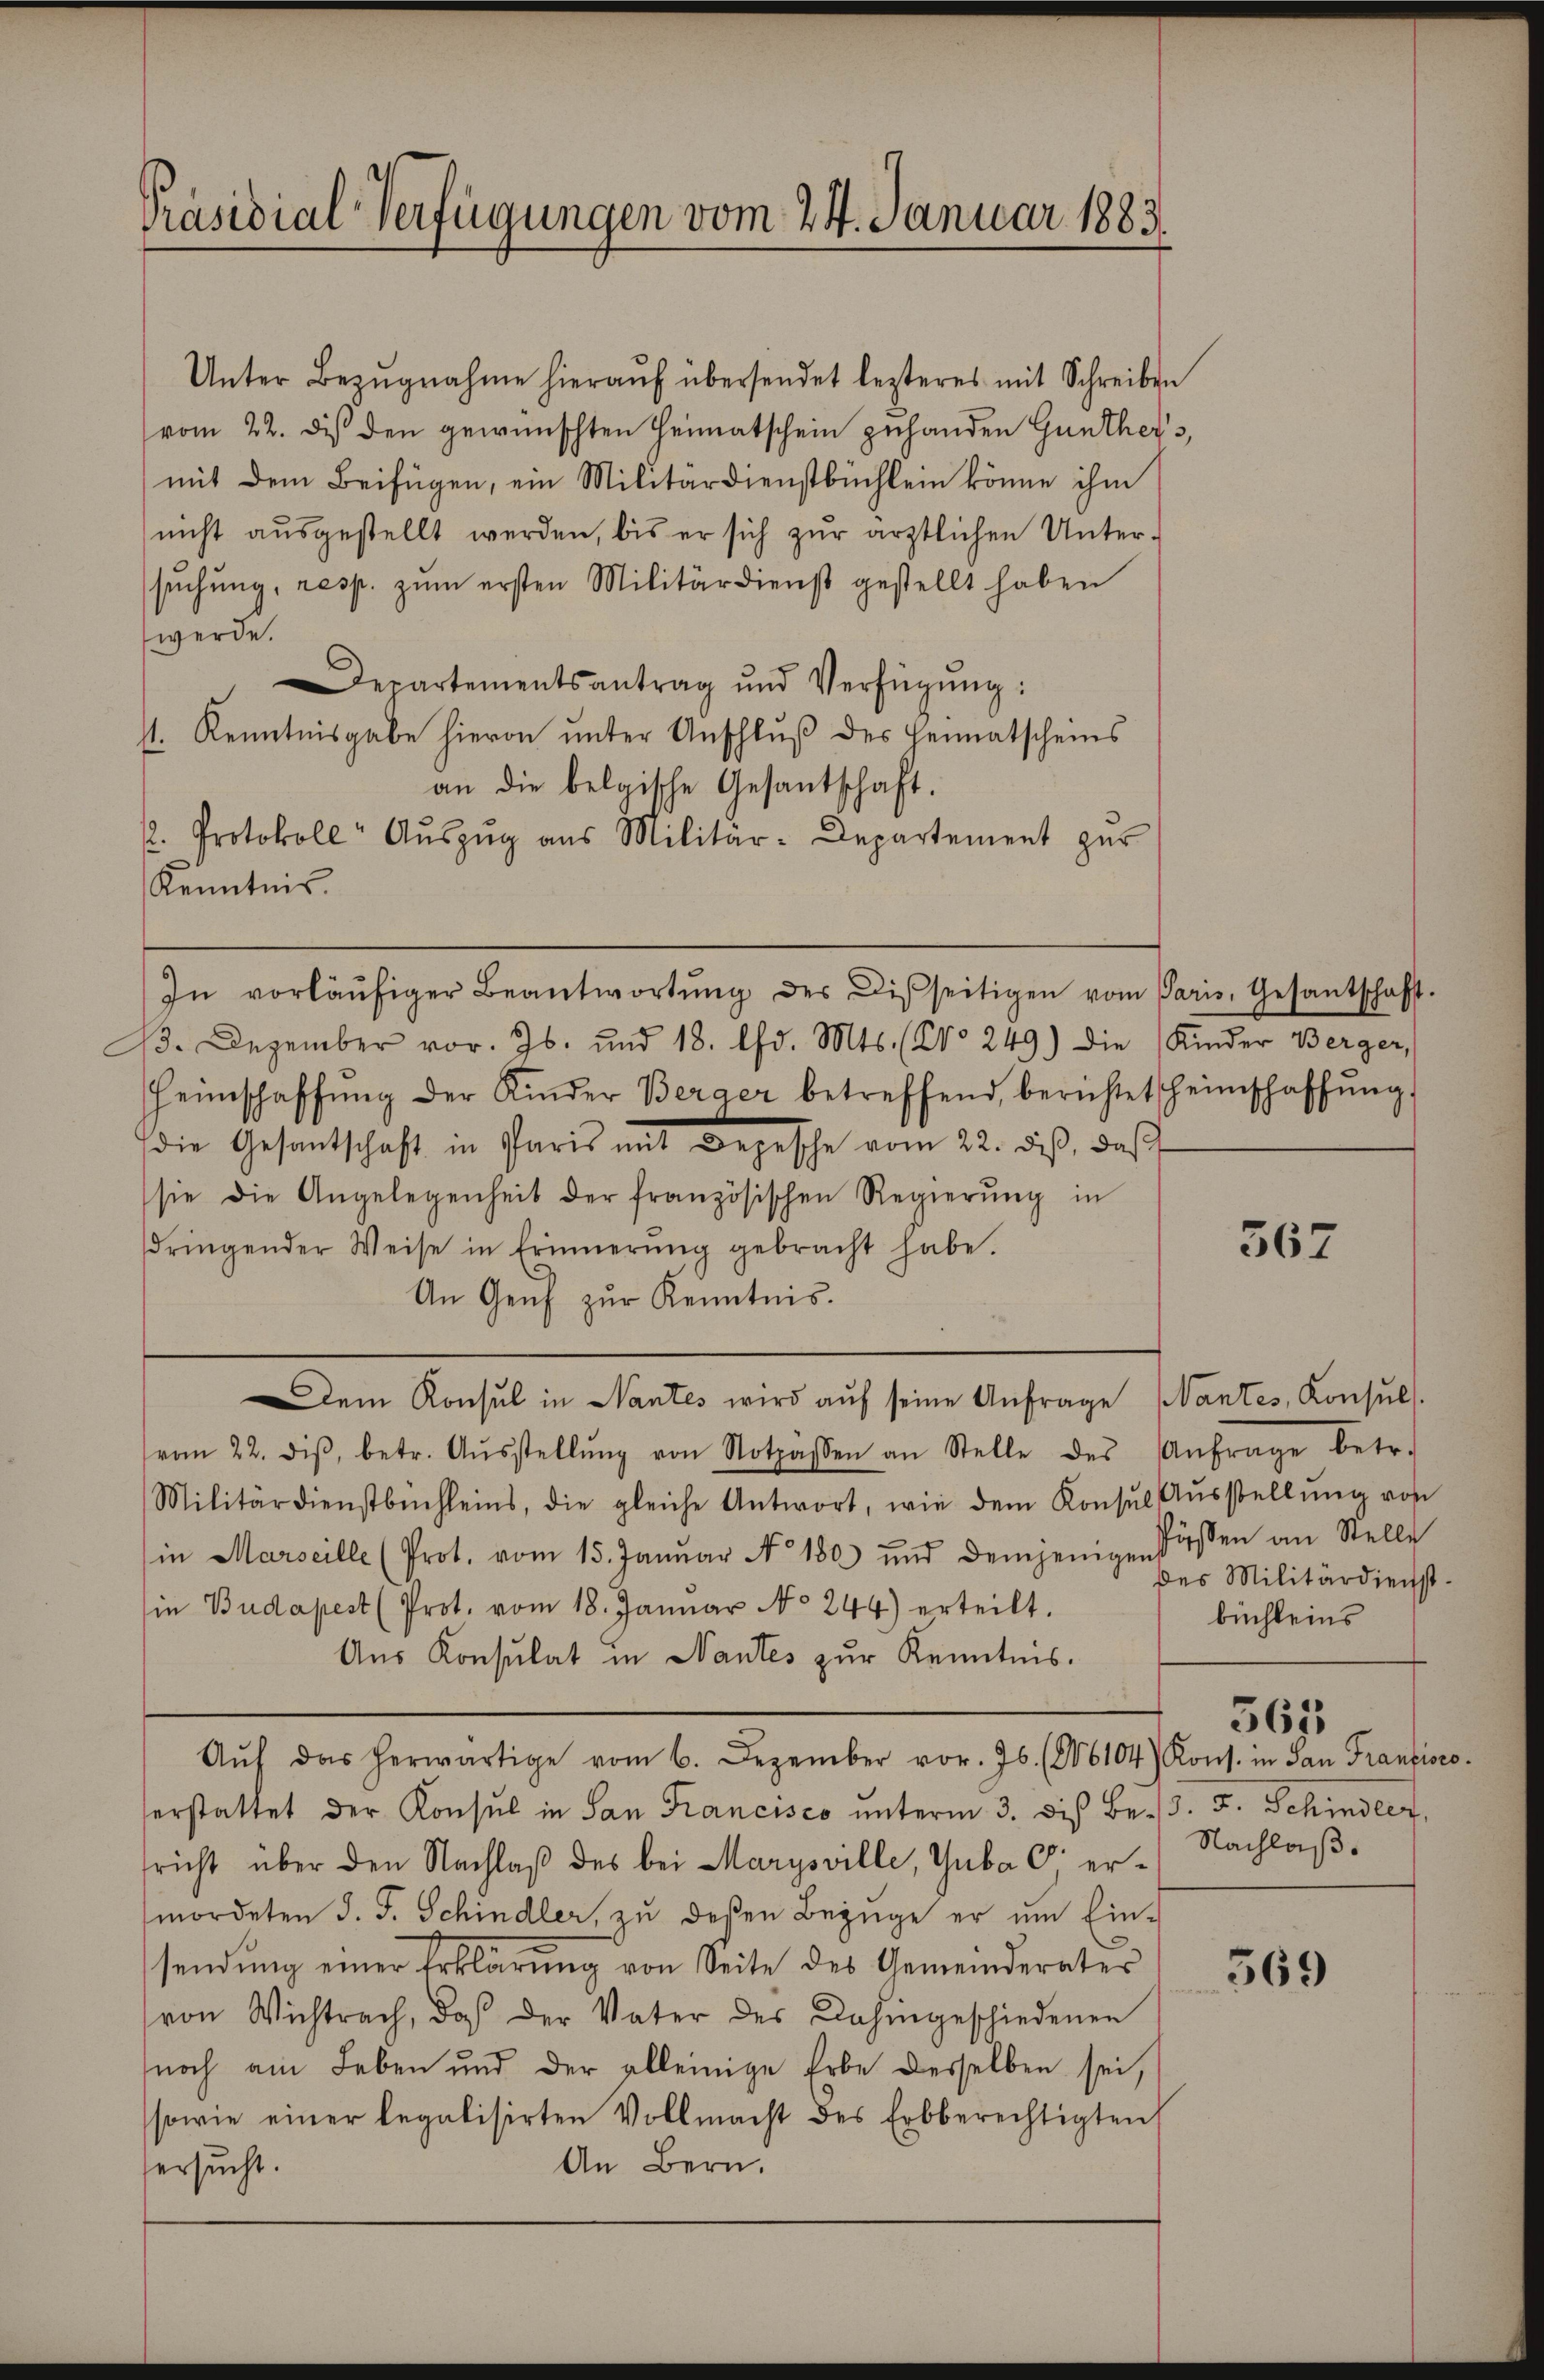
Unter Bezŭgnahme hieraŭf übersendet lezteres mit Schreiben
(vom 22. di den gewünschten Heimatschein zuhanden Günthers,
mit dem Beifügen, ein Militärdienstbüchlein könne ihm
nicht aŭsgestellt werden, bis er sich zŭr ärztlichen Unter-
sŭchŭng, resp. zŭm ersten Militärdienst gestellt haben
werde.
Departementsantrag und Verfügŭng:
st. Kenntnisgabe hievon unter Anschluß des Heimatscheins
an die belgische Gesantschaft.
2. Protokoll- Aŭszŭg aŭs Militär-Departement zŭr
Kenntnis.
In vorläŭfiger Beantwortŭng des Disseitigen vom Paris, Gesantschaft-
13. Dezember vor. Js. und 18. lfd. Mts. (Co 249) Die Kinder Berger,
Heimschaffŭng der Kinder Berger betreffend, berichtet heimschaffŭng
die Gesantschaft in Paris mit Depesche vom 22. diβ, daβ
sie die Angelegenheit der französischen Regierŭng in
dringender Weise in Erinnerung gebracht habe.
An Genf zur Kenntnis.
Dem Konsul in Nantes wird aŭf seine Anfrage (antes, Konsuls.
vom 22. diβ, betr. Aŭsstellŭng von Notzasen an Stelle des Anfrage betr.
Militärdienstbüchleins, die gleiche Antwort, wie dem Konsŭl Aŭsstellŭng von
in Marseille (Prot. vom 15. Janŭar No. 180 und demjenigen Pässen an Stelle
in Budapest (Prot. vom 18. Januar No 244) erteilt.
Aus Konsulat in Nantes zur Kenntnis.
Aŭf das herwärtige vom 6. Dezember vor. Js. (16104) Kons. in San Franzisco
erstattet der Konsul in San Francisco unterm 3. diβ Be. 3. F. Schindler,
richt über den Nachlaβ des bei Marysville, Guba C ermordeten d. J. Schindler, zu deßen Bezüge er um Ein-
sendung einer Erklärung von Seite des Gemeinderater
von Wichtrach, daß der Vater des Dahingeschiedenen
noch am Leben und der alleinige Erbe desselben sei,
sowie einer legalisirten Vollmacht des Erbberechtigten
An Bern.
ersucht.

Präsidial-Verfügungen vom 24. Januar 1883.

367

des Militärdienst.
büchleins
567
Nachlaß.

569